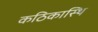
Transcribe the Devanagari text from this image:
कठिकास्थि